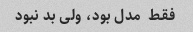
فقط  مدل بود، ولی بد نبود